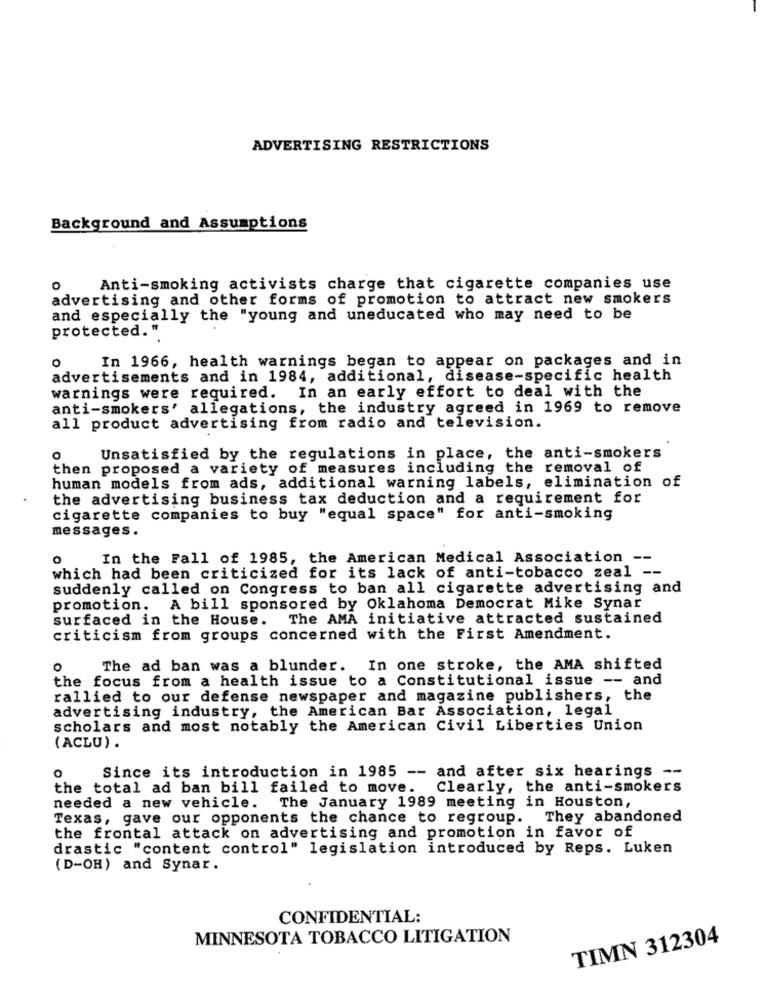
ADVERTISING RESTRICTIONS
Background and Assumptions
Anti-smoking activists charge that cigarette companies use
advertising and other forms of promotion to attract new smokers
and especially the "young and uneducated who may need to be
protected. "
In 1966, health warnings began to appear on packages and in
0
advertisements and in 1984, additional, disease-specific health
warnings were required. In an early effort to deal with the
anti-smokers' allegations, the industry agreed in 1969 to remove
all product advertising from radio and television.
Unsatisfied by the regulations in place, the anti-smokers
then proposed a variety of measures including the removal of
human models from ads, additional warning labels, elimination of
the advertising business tax deduction and a requirement for
cigarette companies to buy "equal space" for anti-smoking
messages.
o
In the Fall of 1985, the American Medical Association --
which had been criticized for its lack of anti-tobacco zeal --
suddenly called on Congress to ban all cigarette advertising and
promotion. A bill sponsored by Oklahoma Democrat Mike Synar
surfaced in the House. The AMA initiative attracted sustained
criticism from groups concerned with the First Amendment.
O
The ad ban was a blunder. In one stroke, the AMA shifted
the focus from a health issue to a Constitutional issue -- and
rallied to our defense newspaper and magazine publishers, the
advertising industry, the American Bar Association, legal
scholars and most notably the American Civil Liberties Union
( ACLU) .
Since its introduction in 1985 -- and after six hearings --
the total ad ban bill failed to move.
Clearly, the anti-smokers
The January 1989 meeting in Houston,
needed a new vehicle.
Texas, gave our opponents the chance to regroup. They abandoned
the frontal attack on advertising and promotion in favor of
drastic "content control" legislation introduced by Reps. Luken
(D-OH) and Synar.
CONFIDENTIAL:
MINNESOTA TOBACCO LITIGATION
TIMN 312304